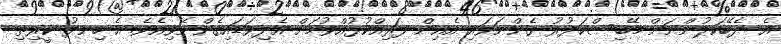
އެ ދެބޭކަލުންނަށް މޭބިސްކަދުރު ގެންނަވައި އެއިން ފަރިއްކުޅުއްވުމަށް އެދިވަޑައިގެންނެވިއެވެ. އެ ހިނދު ކީރިތި